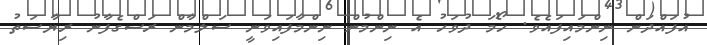
އުފައްދަން ނިންމައިފައެވެ. ހޯމަ ދުވަހު އެ ނިންމުން ނިންމާފައިވަނީ ސަލްމާން ރަސްގެފާނު ރިޔާސަތު